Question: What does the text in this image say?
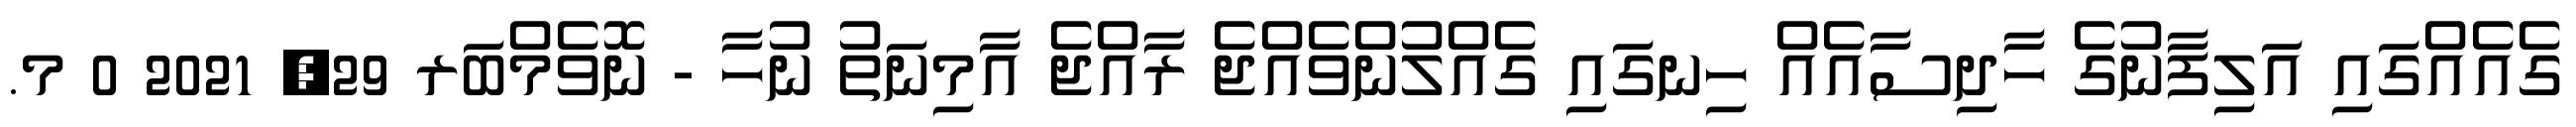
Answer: ގެއެއްގައި އަލިފާނުގެ ހާދިސާއެއް ހިނގައި ގެއްލުންވެއްޖެ ރާއްޖެ އާމިނަތު ނުހާ - ނޮވެމްބަރ 29, 2021 0 މ.